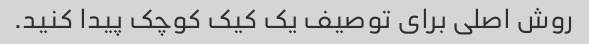
روش اصلی برای توصیف یک کیک کوچک پیدا کنید.